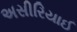
અસીરિયાઈ